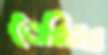
তেরিরর